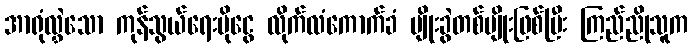
အာရုံလွှဲသော ကုန်သွယ်ရေးပိုငွေ လိုက်လံကောက်ခံ မျိုးခွဲတစ်မျိုးဖြစ်ပြီး ကြည်ညိုသူက